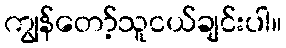
ကျွန်တော့်သူငယ်ချင်းပါ။